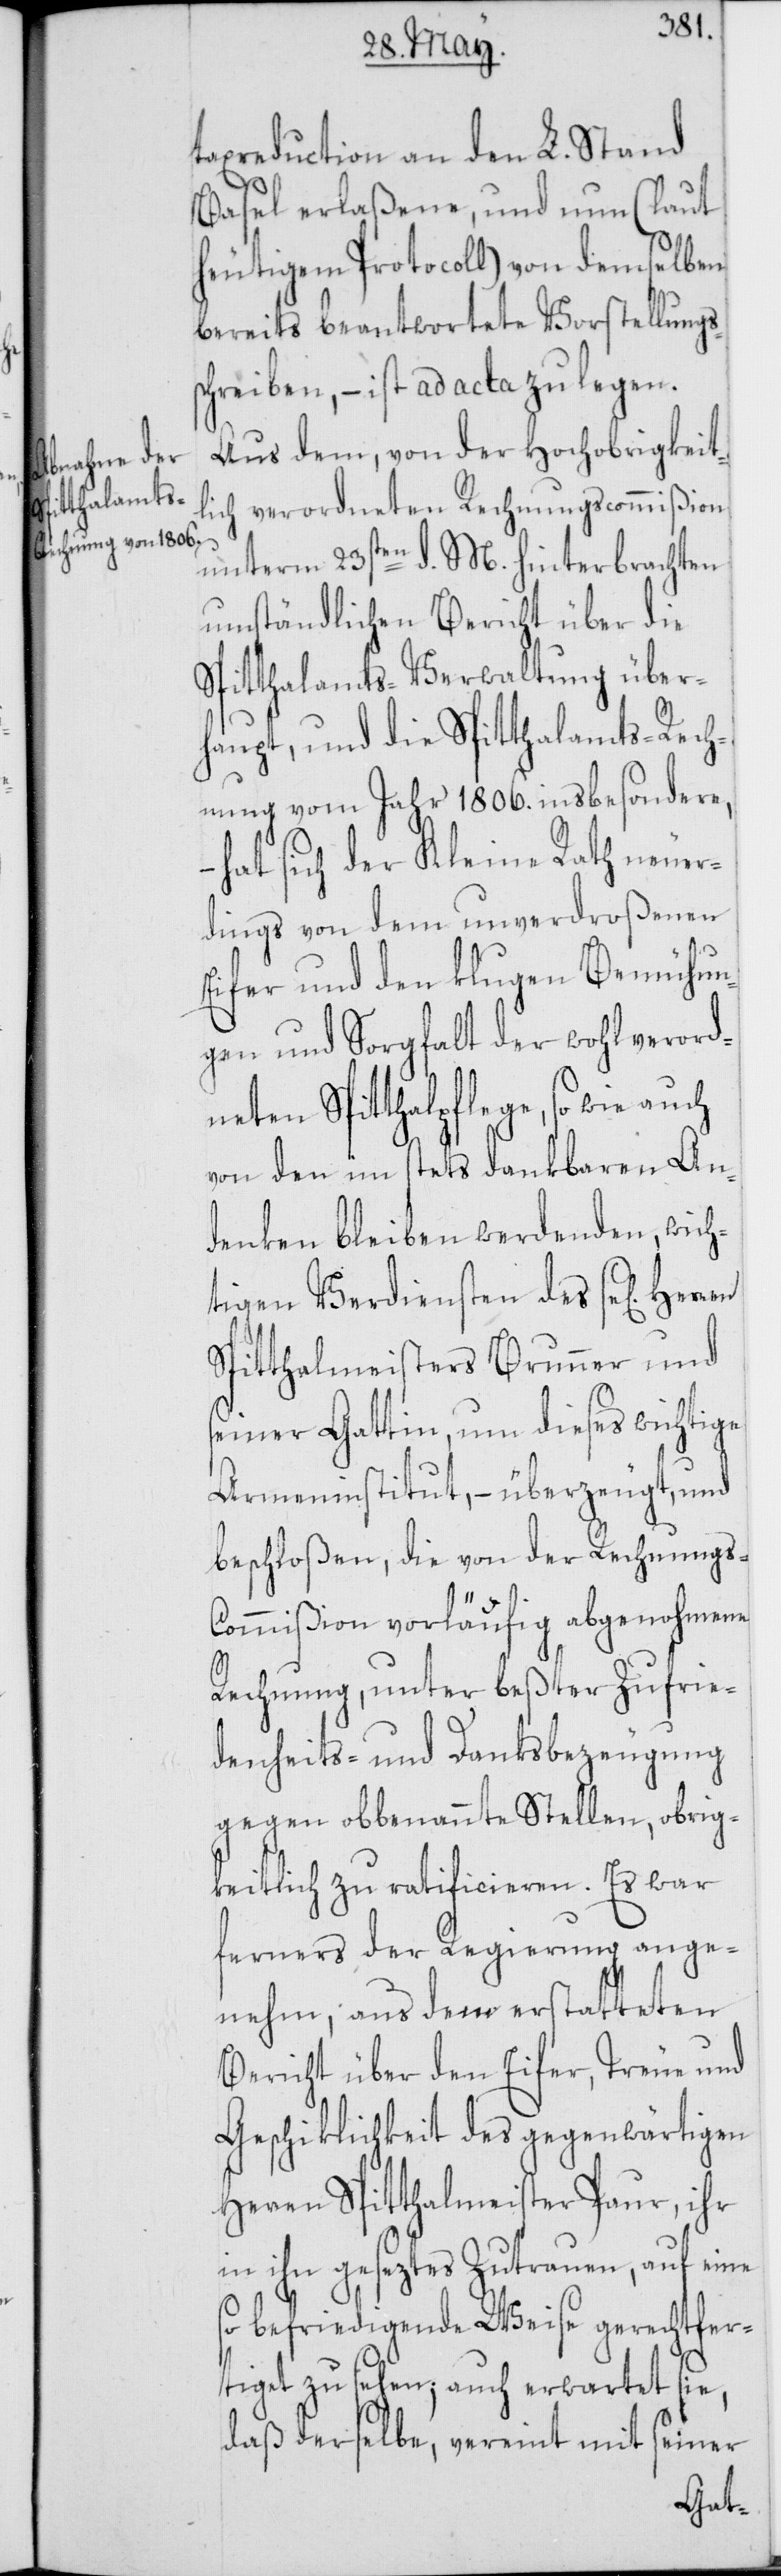
taxreduction an den L. Stand
Basel erlaßene, und nun (laut
heutigem Protocoll) von demselben
bereits beantwortete Vorstellungs¬
schreiben, – ist ad acta zu legen.
Aus dem, von der Hochobrigkeit¬
lich verordneten Rechnungscommißion
unterm 23sten d. M. hinterbrachten
umständlichen Bericht über die
Spitthalamts-Verwaltung über¬
haupt, und die Spitthalamts-Rech¬
nung vom Jahr 1806. insbesondere,
hat sich der Kleine Rath neuer¬
dings von dem unverdroßenen
Eifer und den klugen Bemühun¬
gen und Sorgfalt der wohlverord¬
neten Spitthalpflege, so wie
von den im stets dankbaren An¬
denken bleiben werdenden, wich¬
tigen Verdiensten des se[ligen]
Spitthalmeisters Brunner und
seiner Gattin, um dieses wichtige
Armeninstitut, – überzeugt, und
beschloßen, die von der Rechnungs-C¬
ommißion vorläufig abgenohmene
Rechnung, unter beßter Zufrie¬
denheits- und Danksbezeugung
gegen obbenannte Stellen, obrig¬
keitlich zu ratificieren. Es war
ferners der Regierung ange¬
nehm, aus dem erstatteten
Bericht über den Eifer, Treue und
Geschiklichkeit des gegenwärtigen
Herren Spitthalmeister Paur, ihr
in ihn geseztes Zutrauen, auf eine
so befriedigende Weise gerechtfer¬
tiget zu sehen; auch erwartet sie,
daß derselbe, vereint mit seiner